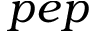
p e p